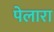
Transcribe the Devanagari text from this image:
पेलारा